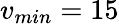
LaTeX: v_{min}=15